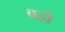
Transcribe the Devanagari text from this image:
बह्ये